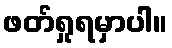
ဖတ်ရှုရမှာပါ။